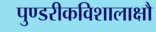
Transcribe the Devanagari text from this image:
पुण्डरीकविशालाक्षौ